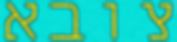
צובא